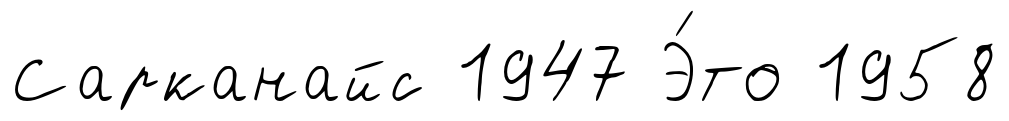
Сарканайс 1947 Э́то 1958